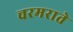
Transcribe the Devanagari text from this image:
चरमराते